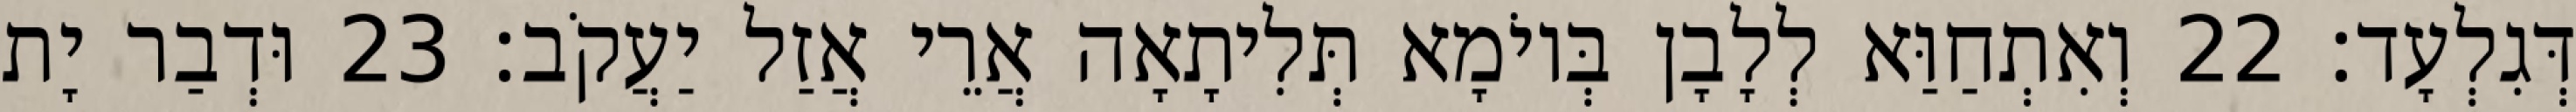
דְּגִלְעָד׃ 22 וְאִתְחַוַּא לְלָבָן בְּיוֹמָא תְּלִיתָאָה אֲרֵי אֲזַל יַעֲקֹב׃ 23 וּדְבַר יָת